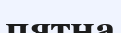
пятна